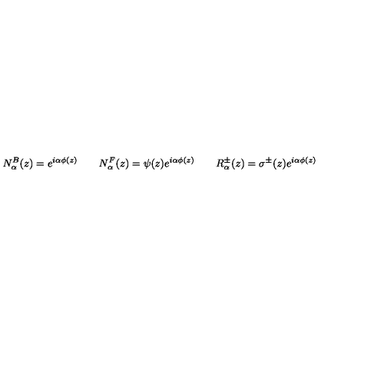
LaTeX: N _ { \alpha } ^ { B } ( z ) = e ^ { i \alpha \phi ( z ) } \qquad N _ { \alpha } ^ { F } ( z ) = \psi ( z ) e ^ { i \alpha \phi ( z ) } \qquad R _ { \alpha } ^ { \pm } ( z ) = \sigma ^ { \pm } ( z ) e ^ { i \alpha \phi ( z ) }